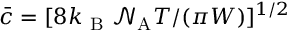
\bar { c } = [ 8 k _ { \mathrm { ~ B ~ } } \mathcal { N } _ { \mathrm { A } } T / ( \pi W ) ] ^ { 1 / 2 }